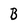
Character: B